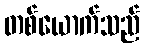
တစ်ယောက်သည်